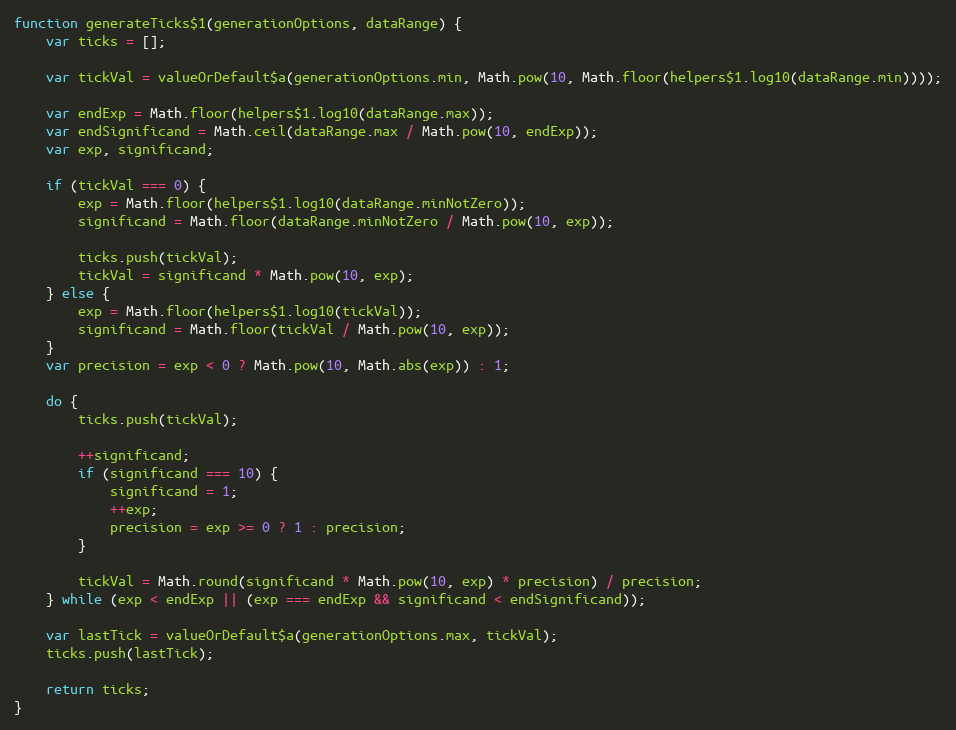
Language: JavaScript
function generateTicks$1(generationOptions, dataRange) {
	var ticks = [];

	var tickVal = valueOrDefault$a(generationOptions.min, Math.pow(10, Math.floor(helpers$1.log10(dataRange.min))));

	var endExp = Math.floor(helpers$1.log10(dataRange.max));
	var endSignificand = Math.ceil(dataRange.max / Math.pow(10, endExp));
	var exp, significand;

	if (tickVal === 0) {
		exp = Math.floor(helpers$1.log10(dataRange.minNotZero));
		significand = Math.floor(dataRange.minNotZero / Math.pow(10, exp));

		ticks.push(tickVal);
		tickVal = significand * Math.pow(10, exp);
	} else {
		exp = Math.floor(helpers$1.log10(tickVal));
		significand = Math.floor(tickVal / Math.pow(10, exp));
	}
	var precision = exp < 0 ? Math.pow(10, Math.abs(exp)) : 1;

	do {
		ticks.push(tickVal);

		++significand;
		if (significand === 10) {
			significand = 1;
			++exp;
			precision = exp >= 0 ? 1 : precision;
		}

		tickVal = Math.round(significand * Math.pow(10, exp) * precision) / precision;
	} while (exp < endExp || (exp === endExp && significand < endSignificand));

	var lastTick = valueOrDefault$a(generationOptions.max, tickVal);
	ticks.push(lastTick);

	return ticks;
}